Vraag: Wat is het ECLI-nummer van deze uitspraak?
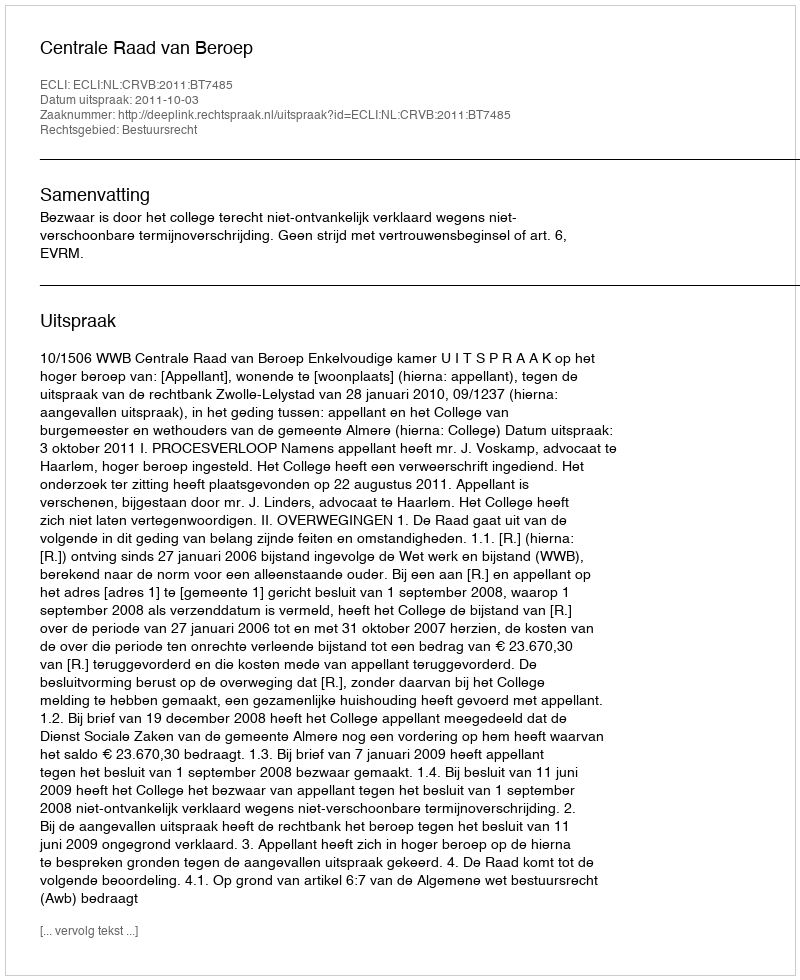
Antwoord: ECLI:NL:CRVB:2011:BT7485